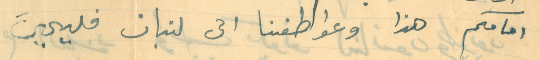
امامكم هذا وعواطفنا الى لبنان فليحيَ